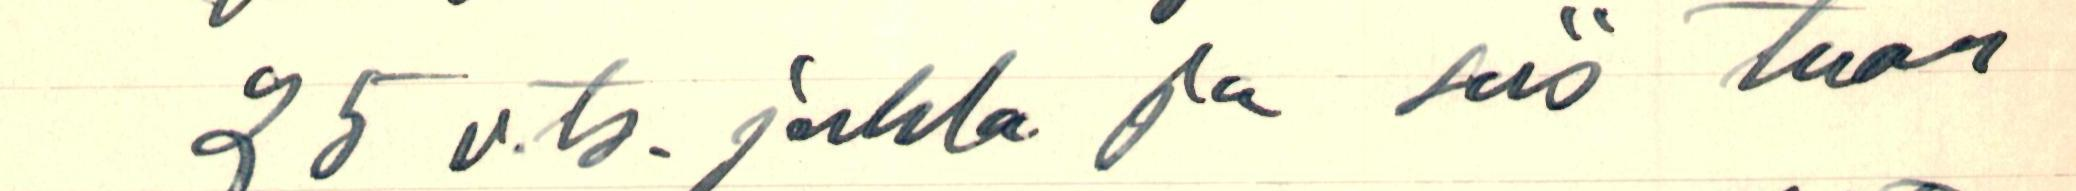
25 v.ts. juhla ja siis tuon